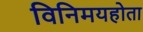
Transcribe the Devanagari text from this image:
विनिमयहोता